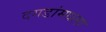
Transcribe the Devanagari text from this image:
दगडांमधला